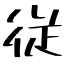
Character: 従